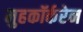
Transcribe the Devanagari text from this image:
मुहकॉर्करेन